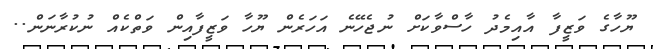
ޔޫހާގެ ވަޒީފާ އާއިމެދު ހާސްވާކަށް ނުޖެހޭނެ އަހަރެން ޔޫހާ ވަޒީފާއިން ވަތްކެއް ނުކުރާނަން..